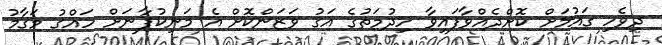
ދިވެހި ގައުމަށް ކޮށްދެއްވާފައިވާ ހިދުމަތުގެ އަގު ވަޒަންކޮށް އެ މަނިކުފާނަށް ހައްގު މަގާމު